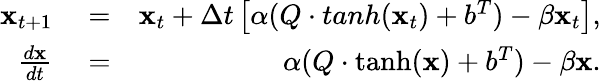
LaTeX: \begin{array}{rlr}{{\mathbf x}_{t+1}}&{{}=}&{{\mathbf x}_{t}+\Delta t\left[\alpha(Q\cdot tanh({\mathbf x}_{t})+b^{T})-\beta{\mathbf x}_{t}\right],}\\ {\frac{d{\mathbf x}}{dt}}&{{}=}&{\alpha(Q\cdot\operatorname{tanh}({\mathbf x})+b^{T})-\beta{\mathbf x}.}\end{array}